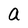
Character: a